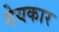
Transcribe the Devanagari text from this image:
गेयकार